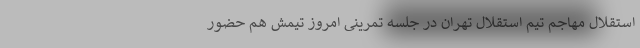
استقلال مهاجم تیم استقلال تهران در جلسه تمرینی امروز تیمش هم حضور